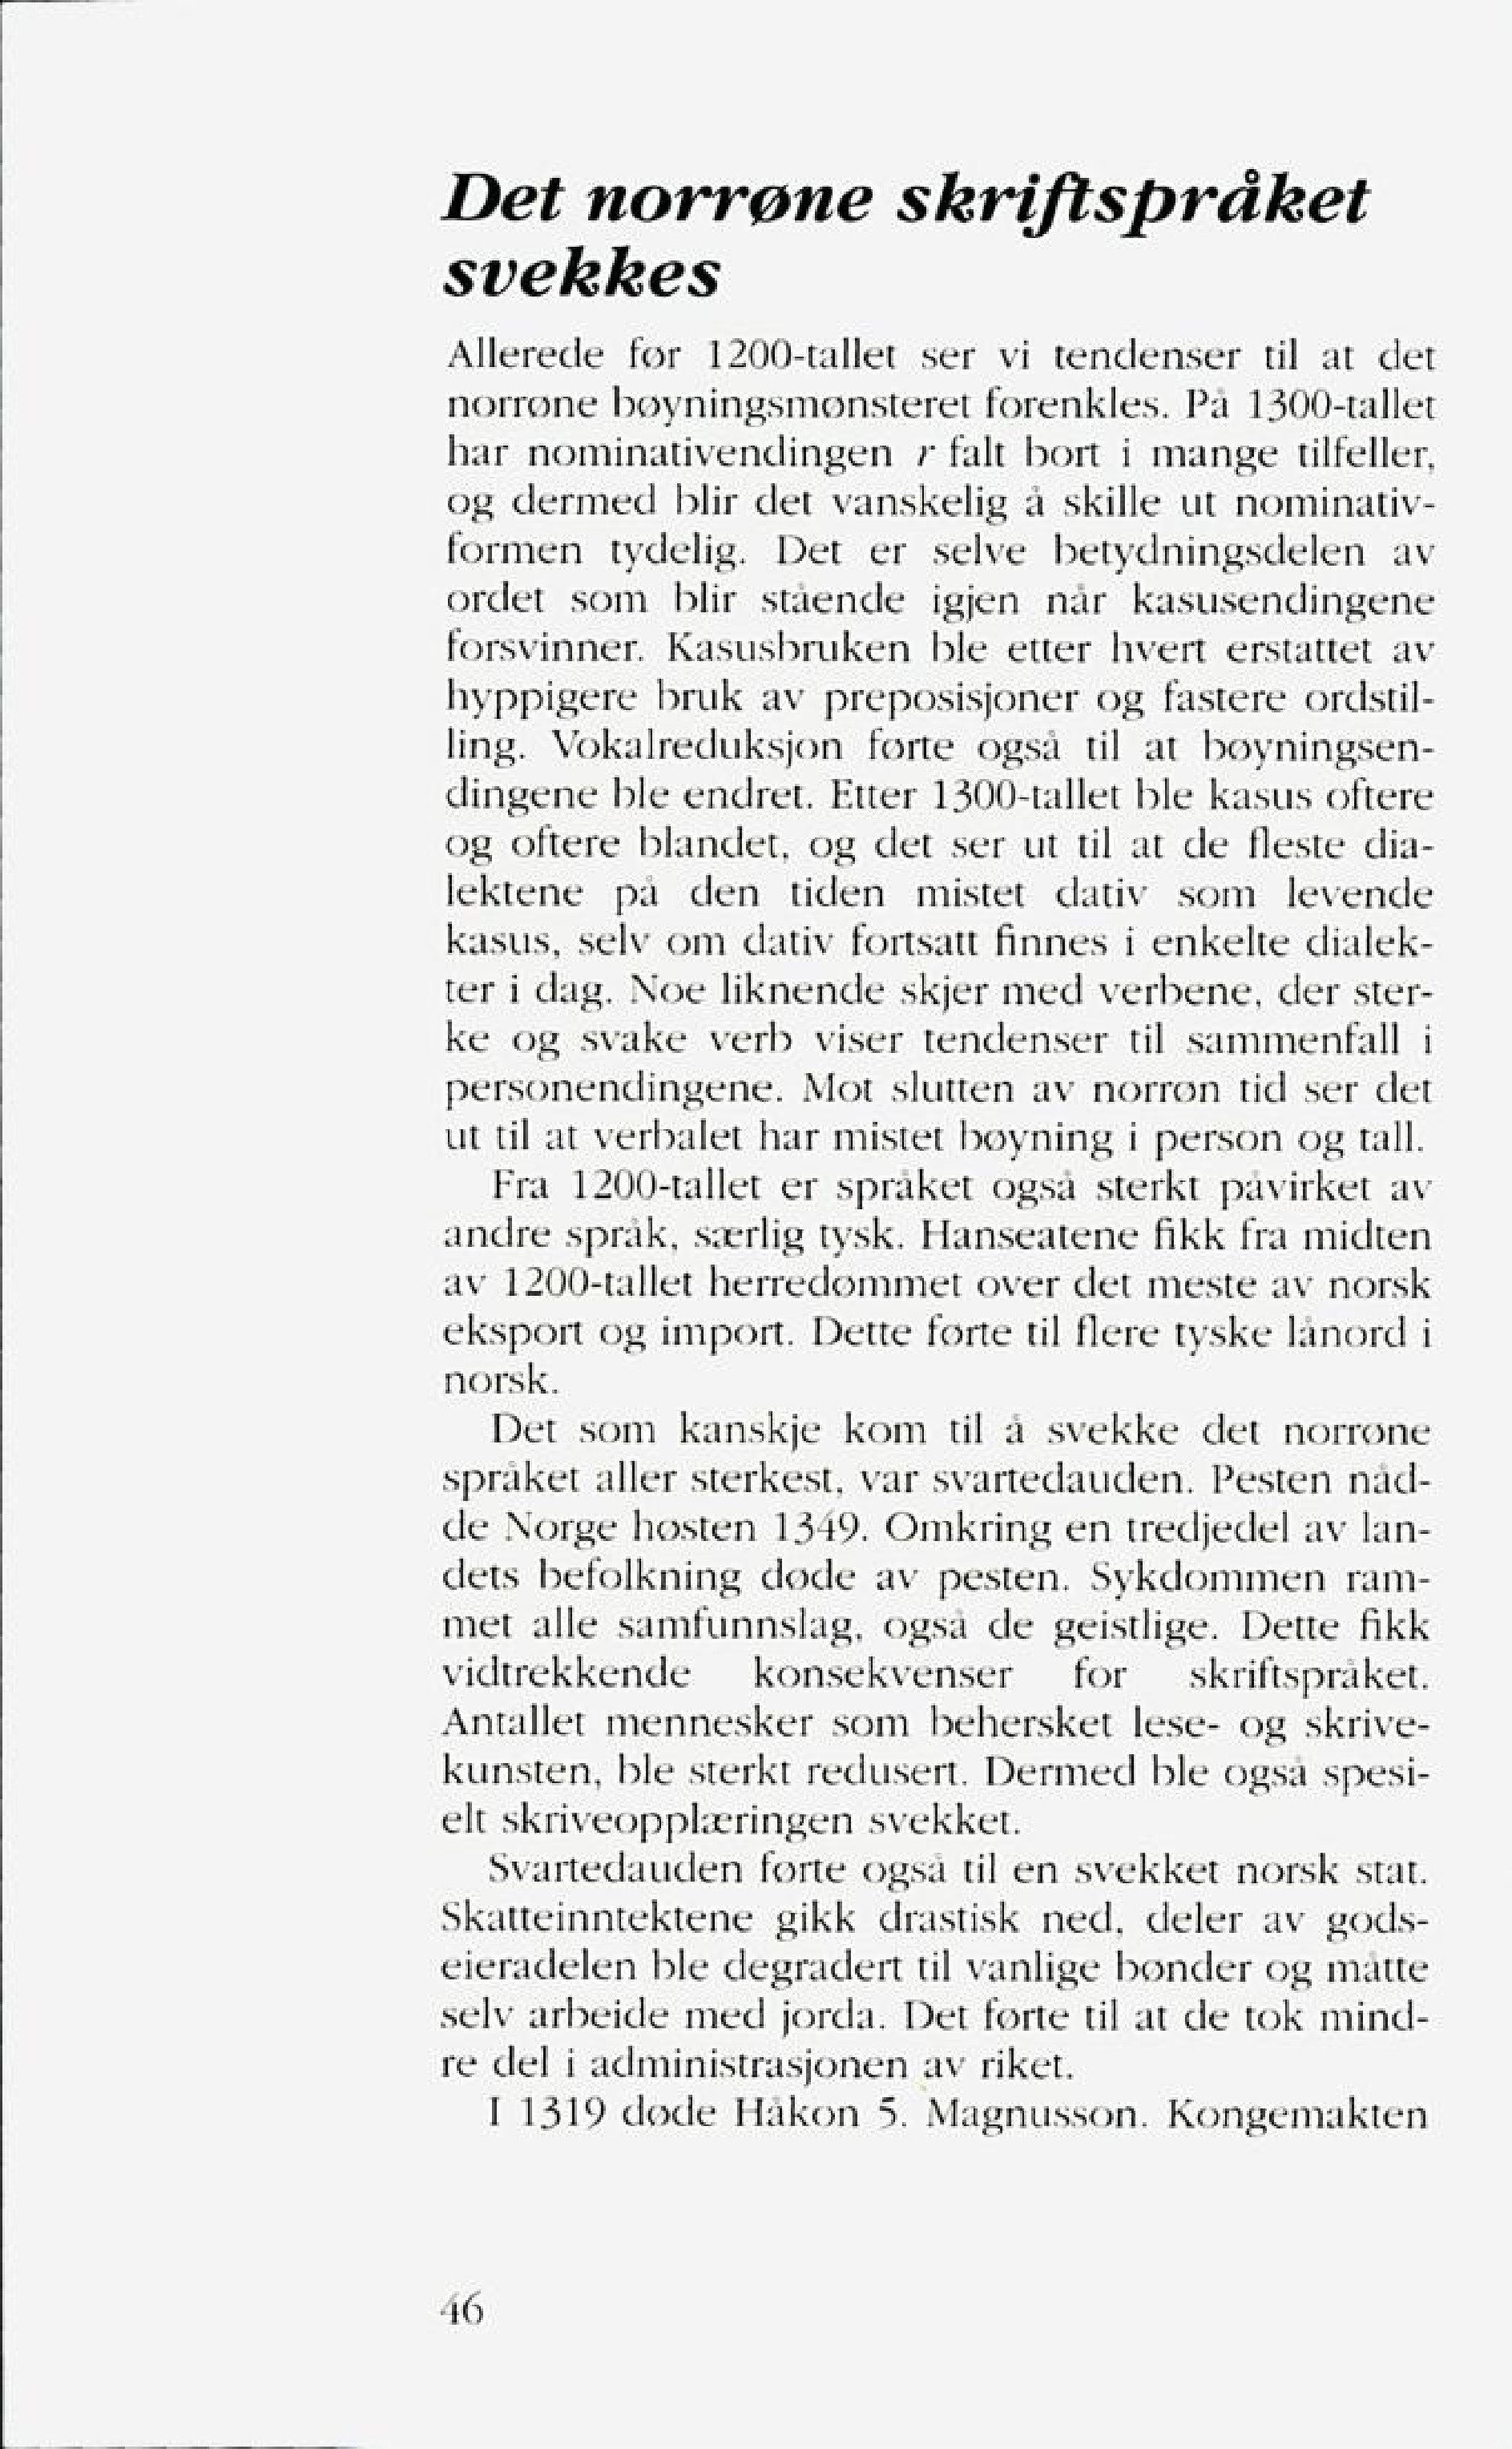
Language: no